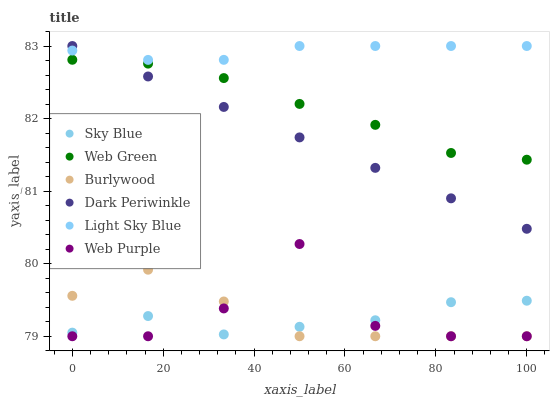
| xaxis_label | Sky Blue | Web Green | Burlywood | Dark Periwinkle | Light Sky Blue | Web Purple |
 | --- | --- | --- | --- | --- | --- | --- |
 | 0 | 79 | 82.8 | 79.6 | 83 | 82.9 | 79 |
 | 16.7 | 79.3 | 82.8 | 79.9 | 82.6 | 82.8 | 79 |
 | 33.3 | 79 | 82.6 | 79.5 | 82.2 | 82.8 | 79.4 |
 | 50 | 79.1 | 82.2 | 79 | 81.7 | 83 | 80.3 |
 | 66.7 | 79.2 | 81.9 | 79 | 81.3 | 83 | 79.1 |
 | 83.3 | 79.5 | 81.5 | 79 | 80.9 | 83 | 79 |
 | 100 | 79.5 | 81.4 | 79 | 80.5 | 83 | 79 |